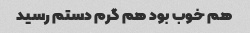
هم خوب بود هم گرم دستم رسید